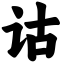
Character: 诂